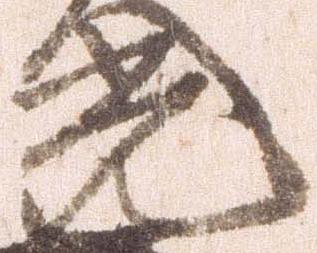
光